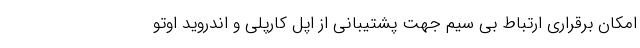
امکان برقراری ارتباط بی سیم جهت پشتیبانی از اپل کارپلی و اندروید اوتو